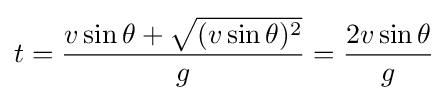
t={\frac {v\sin {\theta }+{\sqrt {(v\sin {\theta })^{2}}}}{g}}={\frac {2v\sin {\theta }}{g}}